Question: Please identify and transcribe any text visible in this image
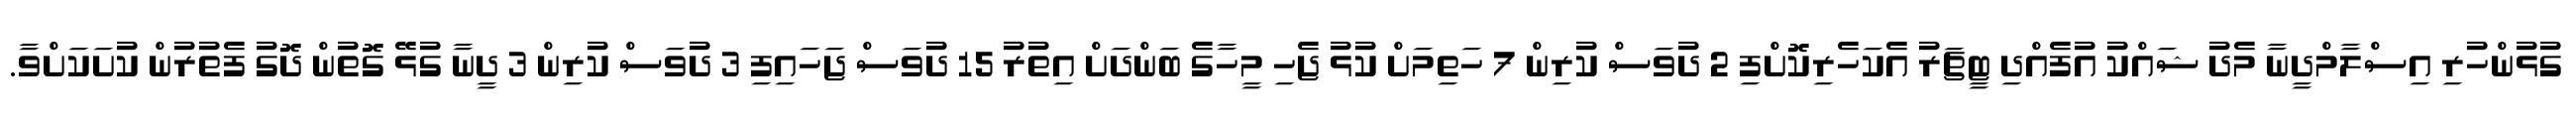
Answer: ގުޅުންހުރި އިސްލާމްދީނާ މެދު ޝައްކު އުފެއްދި ޓީޗަރު އެކަހެރިކޮށްފި 2 ދުވަސް ކުރިން 7 ހަތިމަށް ކުޅު ޖެހި މީހާގެ ބަންދަށް އިތުރު 15 ދުވަސް ޖަހައިފި 3 ދުވަސް ކުރިން 3 ދީނާ ގުޅޭ ގޮތުން ދޮގު ފެތުރުން ކުށަކަށްވާ.